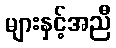
များနှင့်အညီ